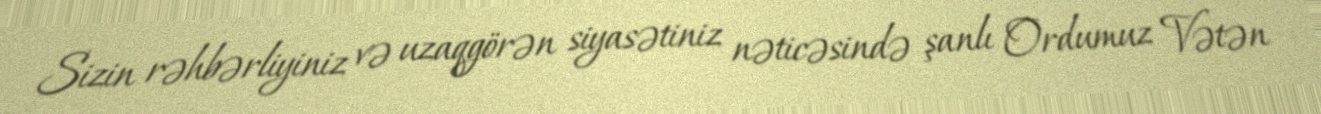
Sizin rəhbərliyiniz və uzaqgörən siyasətiniz nəticəsində şanlı Ordumuz Vətən